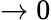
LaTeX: \to 0